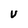
Character: V